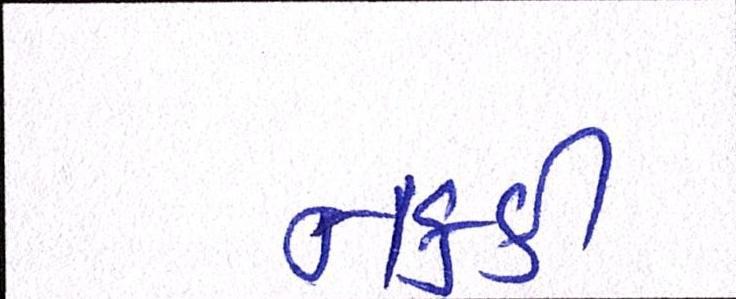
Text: નક્કી